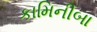
કામિનીબા